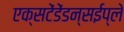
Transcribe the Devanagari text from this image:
एक्सटेंडेंडन्सईप्ले